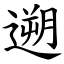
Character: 遡